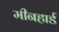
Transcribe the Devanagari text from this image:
मीनहार्ड